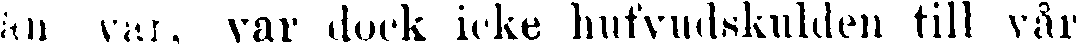
än var, var dock icke hufvudskulden till vår